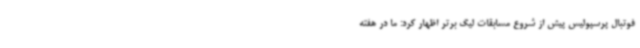
فوتبال پرسپولیس پیش از شروع مسابقات لیگ برتر اظهار کرد: ما در هفته